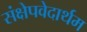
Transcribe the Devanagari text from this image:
संक्षेपवेदार्थम